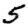
Digit: 5